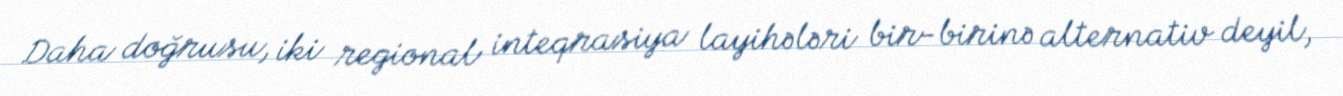
Daha doğrusu, iki regional inteqrasiya layihələri bir-birinə alternativ deyil,